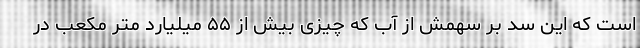
است که این سد بر سهمش از آب که چیزی بیش از ۵۵ میلیارد متر مکعب در